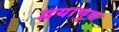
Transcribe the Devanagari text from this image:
द्वयाणुक